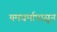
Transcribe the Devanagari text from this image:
यमधर्मापासून